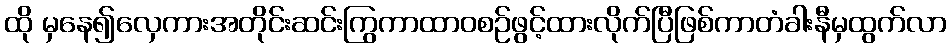
ထို မှနေ၍လှေကားအတိုင်းဆင်းကြွကာထာဝစဉ်ဖွင့်ထားလိုက်ပြီဖြစ်ကာတံခါးနီမှထွက်လာ